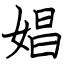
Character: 娼